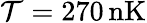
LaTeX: \mathcal{T}=270\, \mathrm{{nK}}